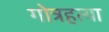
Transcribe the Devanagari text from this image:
गोत्रहत्या